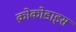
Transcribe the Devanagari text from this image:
क्रोकोडाइस